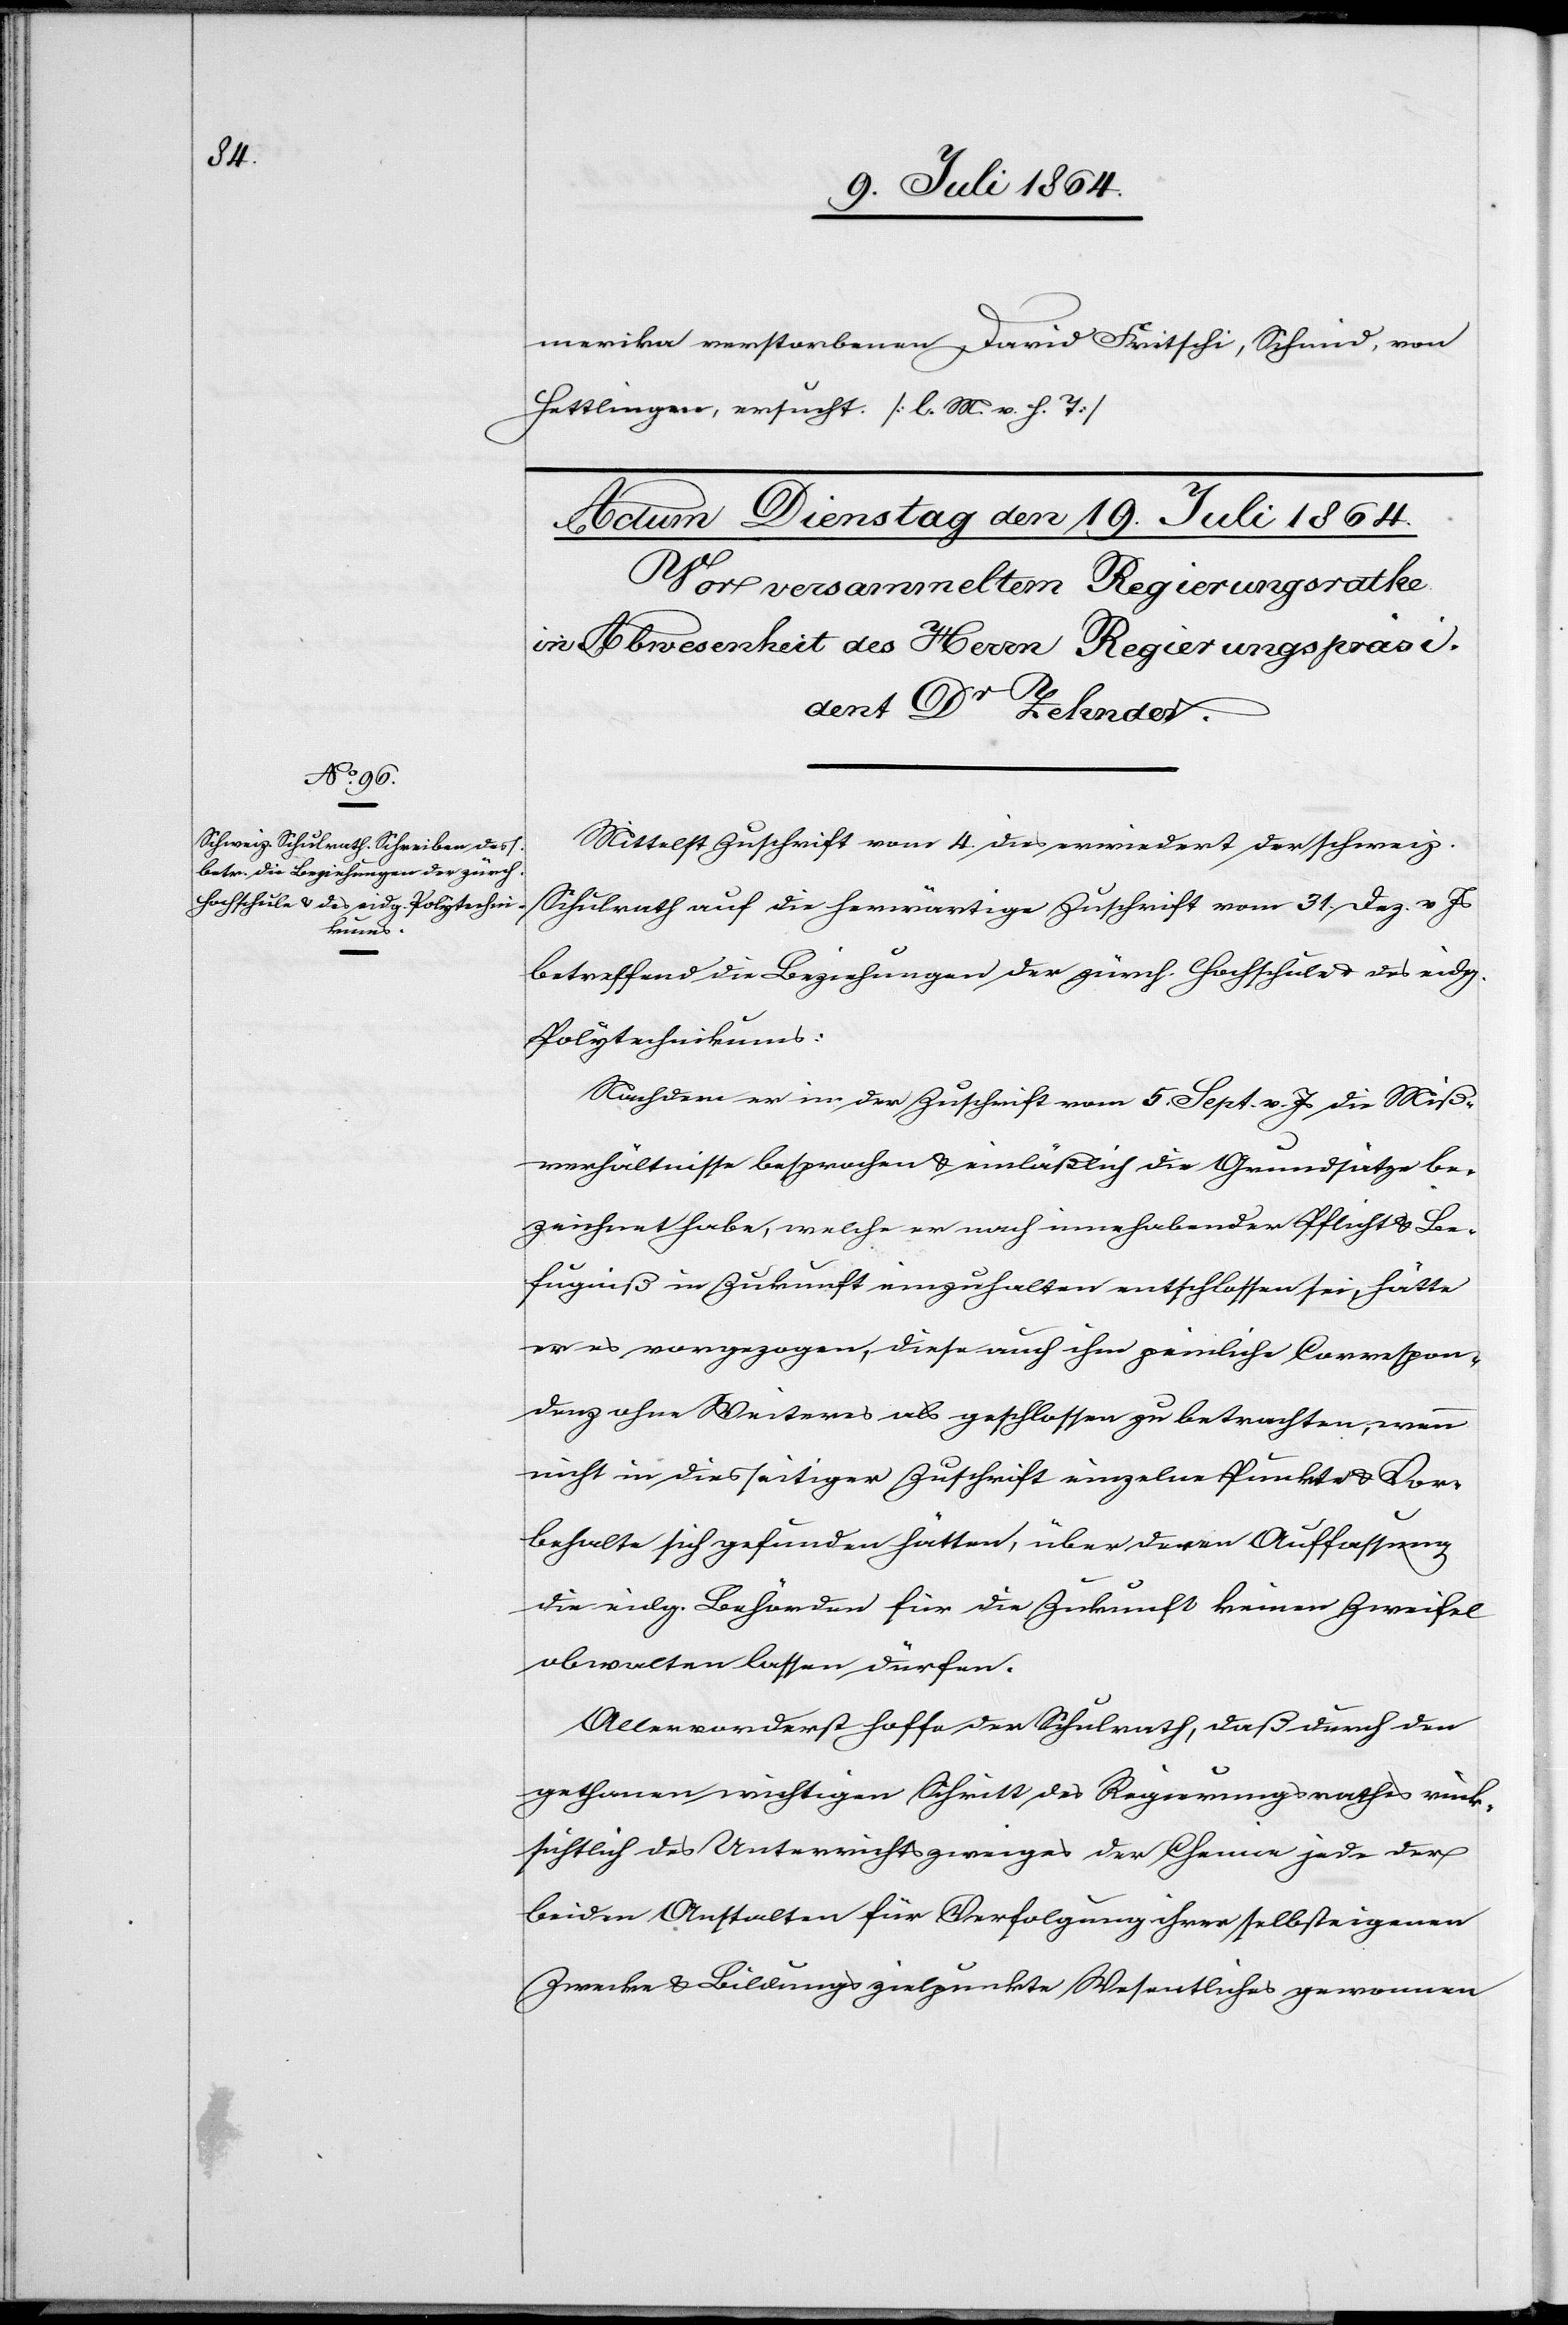
merika verstorbenen David Fritschi, Schmid, von
Hettlingen, ersucht. [l. M. v. h. T.]
Mittelst Zuschrift vom 4 dies erwiedert der schweiz.
Schulrath auf die herwärtige Zuschrift vom 31. Dez. v. Js.
betreffend die Beziehungen der zürch. Hochschule des eidg.
Polytechnikums:
Nachdem er in der Zuschrift vom 5. Sept. v. Js. die Miß¬
verhältnisse besprochen u. einläßlich die Grundsätze be¬
zeichnet habe, welche er nach innehabender Pflicht u. Be¬
fugniß in Zukunft einzuhalten entschlossen sei, hätte
er es vorgezogen, diese auch ihm peinliche Correspon¬
denz ohne Weiteres als geschlossen zu betrachten, wenn
nicht in diesseitiger Zuschrift einzelne Punkte u. Vor¬
behalte sich gefunden hätten, über deren Auffassung
die eidg. Behörden für die Zukunft keinen Zweifel
obwalten lassen dürfen.
Allervorderst hoffe der Schulrath, daß durch den
gethanen richtigen Schritt des Regierungsrathes rück¬
sichtlich des Unterrichtszweiges der Chemie jede der
beiden Anstalten für Verfolgung ihrer selbsteigenen
Zwecke u. Bildungszielpunkte Wesentliches gewonnen